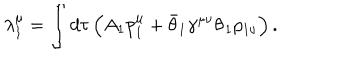
LaTeX: \lambda _ { 1 } ^ { \mu } = \int d \tau \left( A _ { 1 } p _ { 1 } ^ { \mu } + \bar { \theta } _ { 1 } \gamma ^ { \mu \nu } \dot { \theta } _ { 1 } p _ { 1 \nu } \right) .